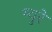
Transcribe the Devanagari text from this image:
म्‍युरे